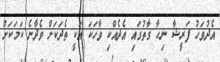
އެދުވަހު ފަރީޝާ ނިހާ ގާތުގައި އެދެއްކި ވާހަކަ އަކީ ތެދަކަށް ވެދާނެ ކަމަކަށް